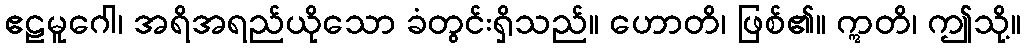
ဧဠမူဂေါ၊ အရိအရည်ယိုသော ခံတွင်းရှိသည်။ ဟောတိ၊ ဖြစ်၏။ ဣတိ၊ ဤသို့။